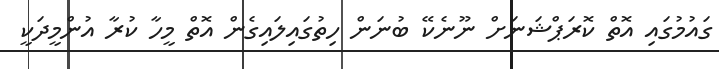
ގައުމުގައި އޮތް ކޮރަޕްޝަނަށް ނޫނެކޭ ބުނަން ހިތުގައިލައިގެން އޮތް މީހާ ކުރާ އުންމީދަކީ